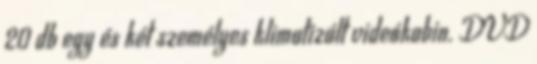
20 db egy és két személyes klimatizált videókabin. DVD